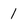
Character: 1